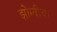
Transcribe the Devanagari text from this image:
झोम्बींचा